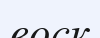
воск